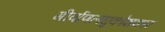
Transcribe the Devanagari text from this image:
गीर्वाणलघुकोशकार